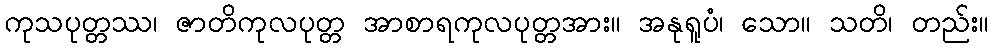
ကုသပုတ္တဿ၊ ဇာတိကုလပုတ္တ အာစာရကုလပုတ္တအား။ အနုရူပံ၊ သော။ သတိ၊ တည်း။